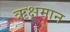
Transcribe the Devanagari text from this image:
ऋक्षमान